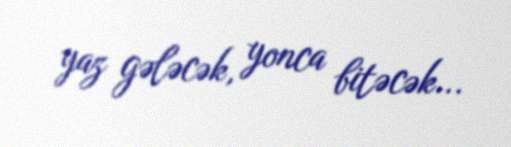
yaz gələcək, yonca bitəcək...